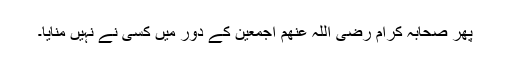
پھر صحابہ کرام رضی اللہ عنھم اجمعین کے دور میں کسی نے نہیں منایا۔